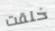
خلقت